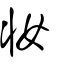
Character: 䊋